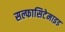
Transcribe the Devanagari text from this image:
सल्फासिटेमाइड